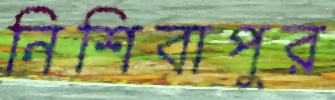
নিশিবাপুর